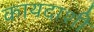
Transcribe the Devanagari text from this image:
कायदाशी